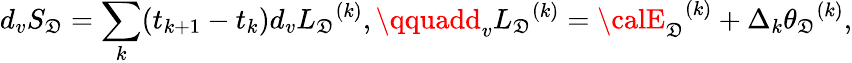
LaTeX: d_{v}S_{\mathfrak{D}}=\sum_{k}(t_{k+1}-t_{k})d_{v}{L_{\mathfrak{D}}}^{(k)},\qquadd_{v}{L_{\mathfrak{D}}}^{(k)}={{\calE}_{\mathfrak{D}}}^{(k)}+\Delta_{k}{\theta_{\mathfrak{D}}}^{(k)},